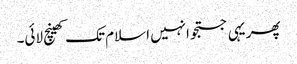
پھر یہی جستجو انہیں اسلام تک کھینچ لائی۔